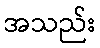
အသည်း